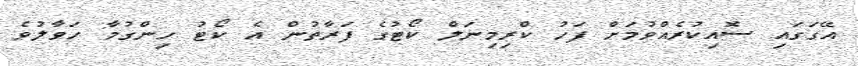
އޭގަގައި ސޮއިކުރެއްވުމަށް ފަހު ކްރިމިނަލް ކޯޓުގެ ފަރާތުން އެ ކޯޓު ހިންގުމާ ހަވާލުވެ